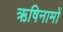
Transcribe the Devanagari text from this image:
ऋषिनामों